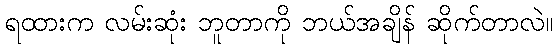
ရထားက လမ်းဆုံး ဘူတာကို ဘယ်အချိန် ဆိုက်တာလဲ။